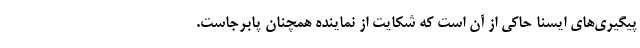
پیگیری‌های ایسنا حاکی از آن است که شکایت از نماینده همچنان پابرجاست.